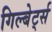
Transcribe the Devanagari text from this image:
गिल्बेर्ट्स